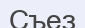
Съез